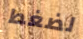
لضغط